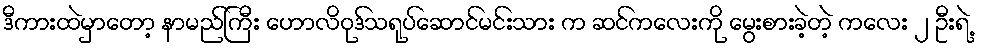
ဒီကားထဲမှာတော့ နာမည်ကြီး ဟောလိဝုဒ်သရုပ်ဆောင်မင်းသား က ဆင်ကလေးကို မွေးစားခဲ့တဲ့ ကလေး ၂ ဦးရဲ့